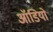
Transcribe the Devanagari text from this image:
आॅडियो